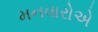
મનવારોએ